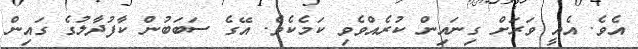
އެވެ. އެއީ ވަރަށް ގިނައިން ކުރެއްވެވި ކަމެކެވެ. އޭގެ ސަބަބުން ކާފުދާލުގެ ގައިން